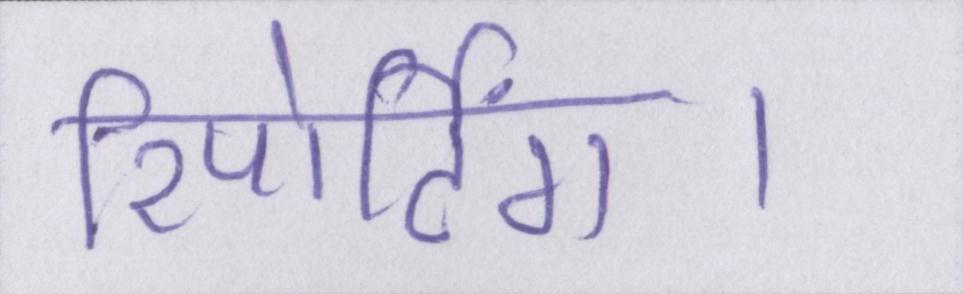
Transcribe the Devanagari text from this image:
रिपोर्टिंग।